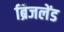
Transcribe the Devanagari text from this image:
ब्रिजलेंड